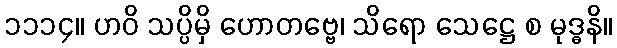
၁၁၁၄။ ဟဝိ သပ္ပိမှိ ဟောတဗ္ဗေ၊ သိရော သေဋ္ဌေ စ မုဒ္ဓနိ။